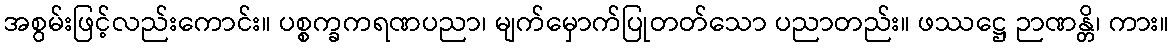
အစွမ်းဖြင့်လည်းကောင်း။ ပစ္စက္ခကရဏပညာ၊ မျက်မှောက်ပြုတတ်သော ပညာတည်း။ ဖဿဋ္ဌေ ဉာဏန္တိ၊ ကား။